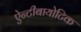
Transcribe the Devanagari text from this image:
ऐन्टीबायोटिक